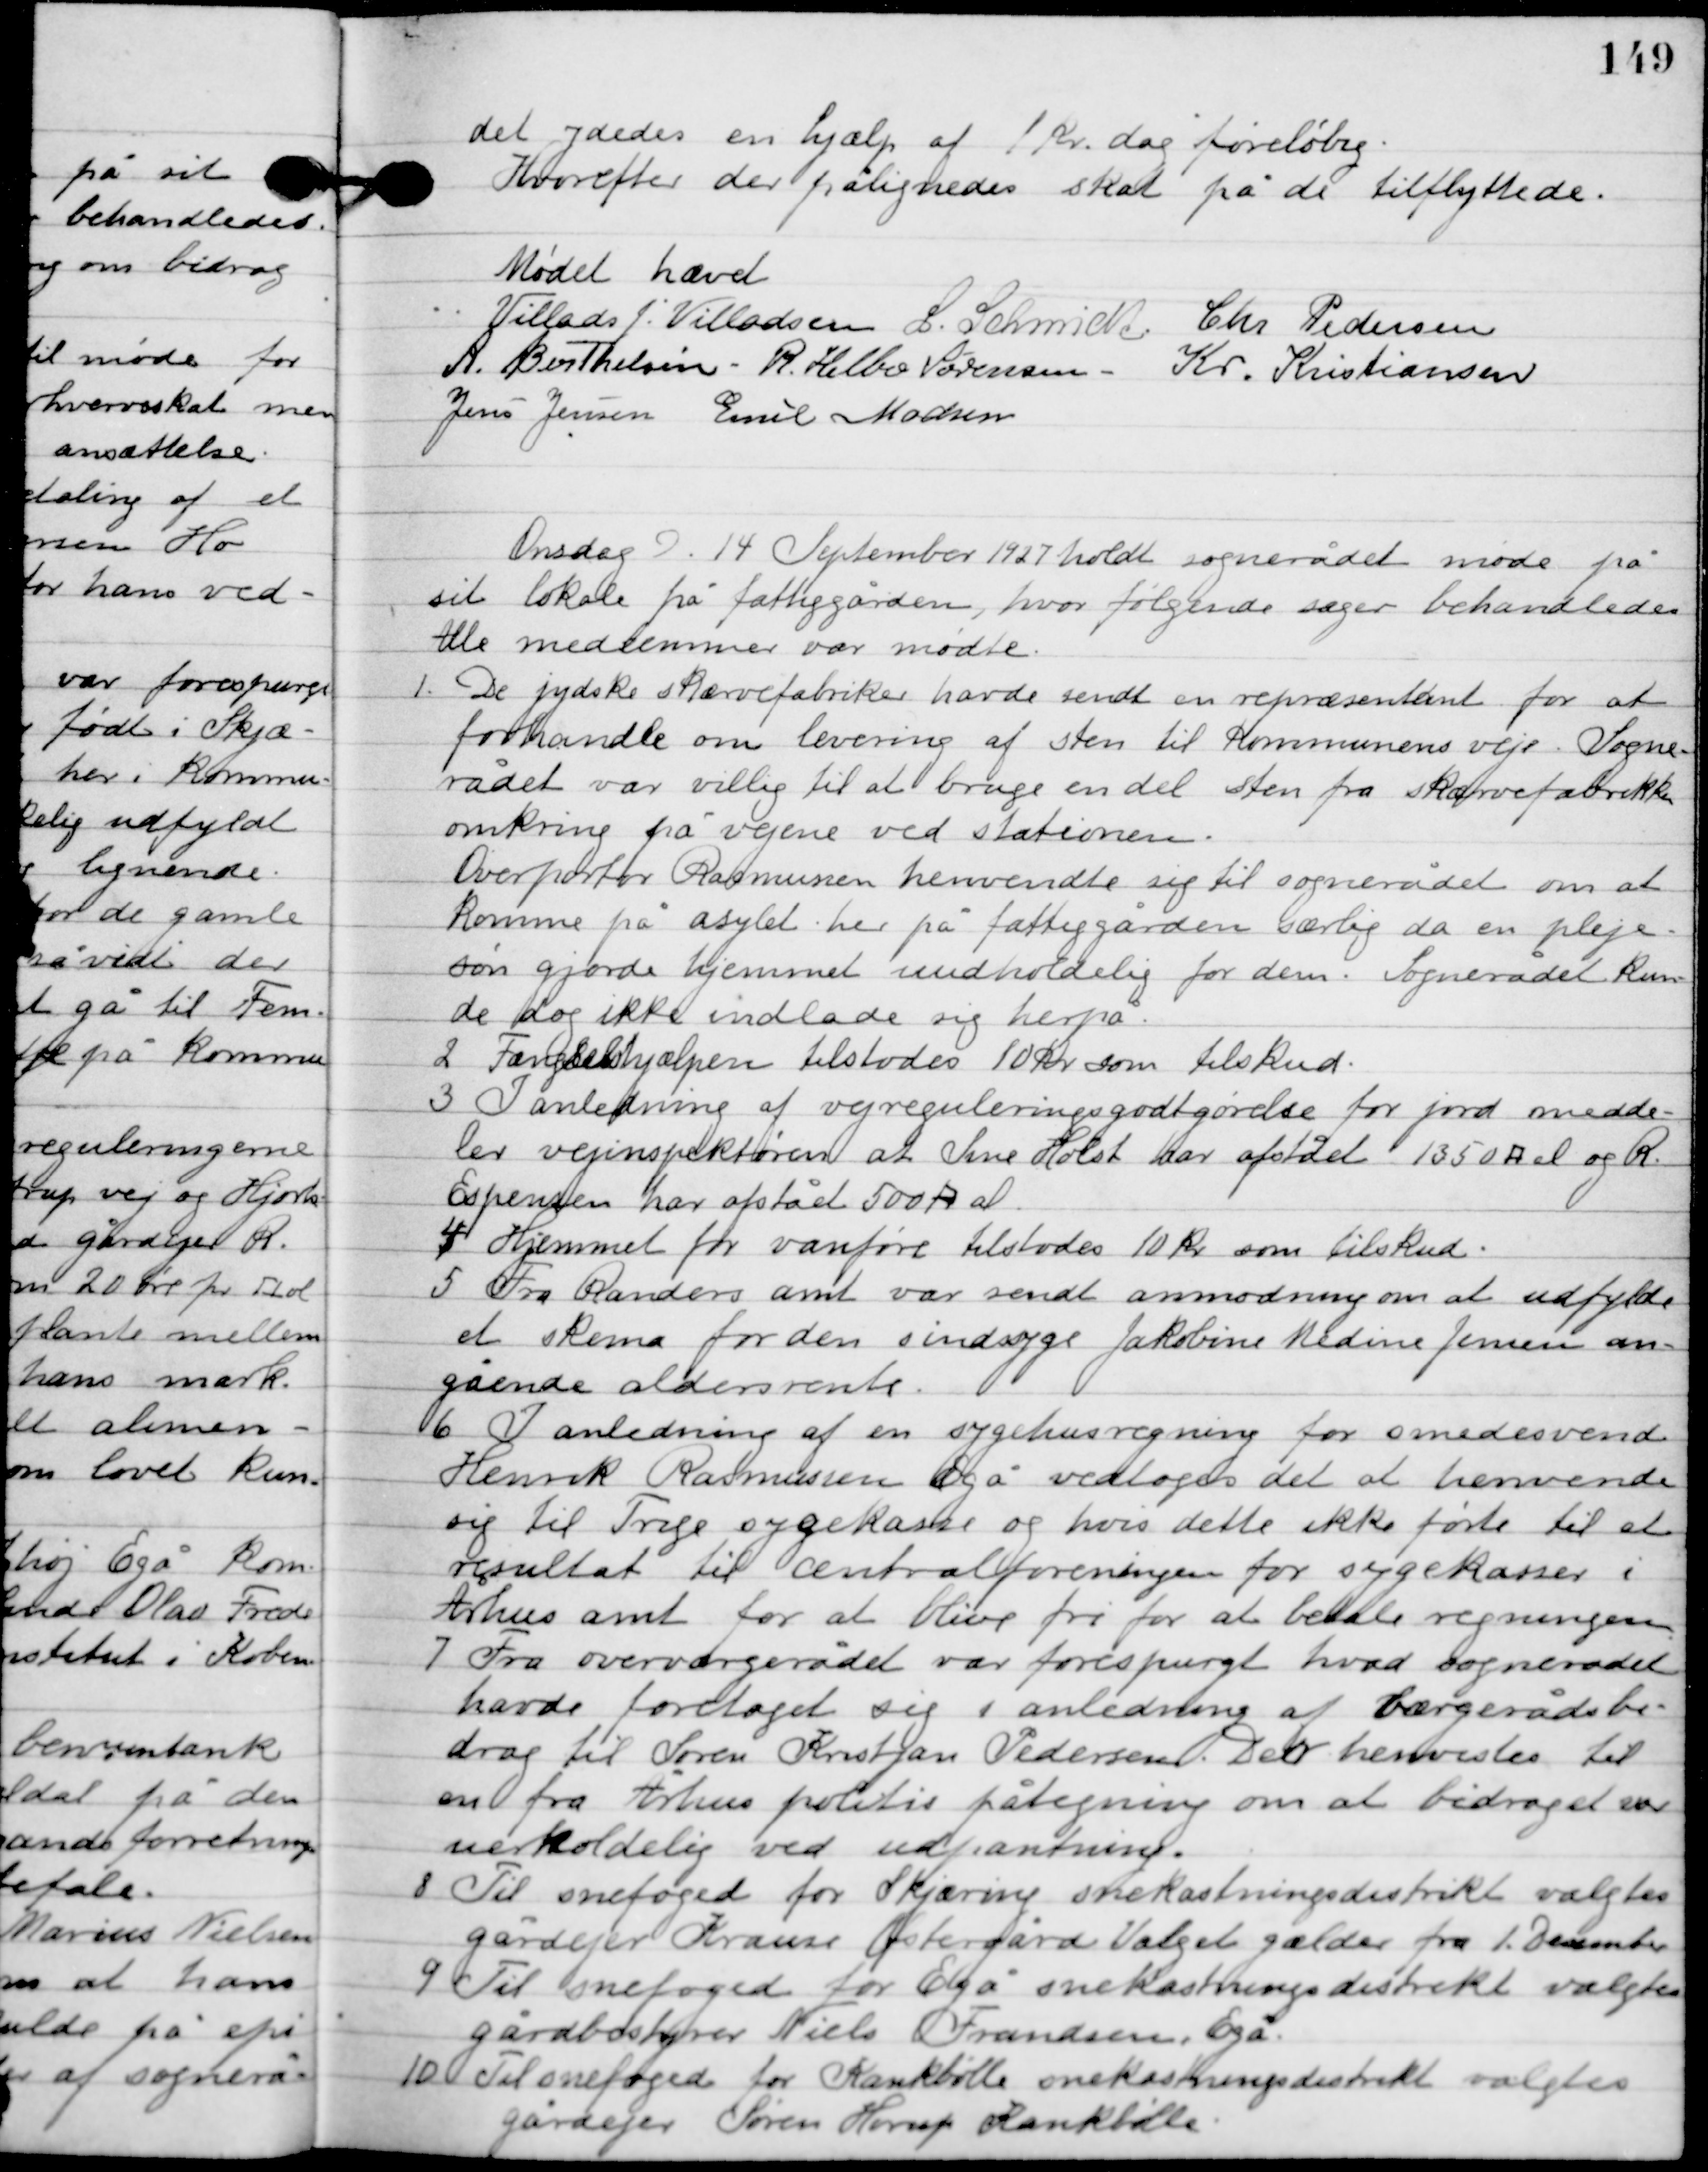
Transskription:
det ydedes en hjælp af 1 kr. dag foreløbig.
Kort efter der pålignedes skat på de tilflyttede.

Mødet hævet

Villads J. Villadsen
I. Schmidt
Chr. Pedersen
A. Berthelsen
R. Helbo Sørensen
Kr. Kristiansen
Jens Jensen
Emil Madsen

Onsdag D. 14. September 1927 holdt sognerådet møde på
sit lokale på fattiggården, hvor følgende sager behandledes.
Alle medlemmer var mødte.

1

De jydske skærvefabriker havde sendt en repræsentant for at
forhandle om levering af sten til kommunens veje. Sogne-
rådet var villig til at bruge en del sten fra skærvefabrikken
omkring på vejene ved stationen.
Overportør Rasmusen henvendte sig til sognerådet om at
komme på asylet her på fattiggården særlig da en pleje-
søn gjorde hjemmet uudholdelig for dem. Sognerådet kun-
de dog ikke indlade sig herpå.

2

Fængselshjælpen tilstodes 10 kr. som tilskud.

3

I anledning af vejreguleringsgodtgørelse for jord medde-
ler vejinspektøren at Sine Holst har afstået 1350 A el og R.
Espersen har afstået 500 A el.

4

Hjemmet for vanføre tilstodes 10 kr. som tilskud.

5

Fra Randers amt var sendt anmodning om at udfylde
et skema for den sindssyge Jakobine Nadine Jensen an-
gående aldersrente.

6

I anledningen af en sygehusregning for smedesvend
Henrik Rasmussen Egå vedtoges det at henvende
sig til Trige sygekasse og hvis dette ikke førte til et
resultat til centralforeningen for sygekasser i
Århus amt for at blive fri for at betale regningen.

7

Fra overværgerådet var forespurgt hvad sognerådet
havde foretaget sig i anledning af værgerådsbidrag til
Søren Kristjan Pedersen. Der henvistes til
en fra Århus politis påtegning om at bidraget var
uerholdelig ved udpantning.

8

Til snefoged for Skjæring snekastningsdistrikt valgtes
gårdejer Krause Østergård Valget gælder fra 1. Desember.

9

Til snefoged for Egå snekastningsdistrikt valgtes
gårdbestyrer Niels Frandsen, Egå.

10

Til snefoged for Kankbølle snekastningsdistrikt valgtes
gårdejer Søren Horup Kankbølle.